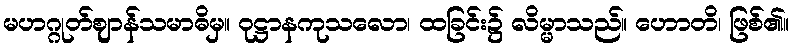
မဟဂ္ဂုတ်ဈာန်သမာဓိမှ။ ဝုဋ္ဌာနကုသလော၊ ထခြင်း၌ လိမ္မာသည်။ ဟောတိ၊ ဖြစ်၏။